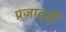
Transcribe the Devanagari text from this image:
प्रजावृद्धी